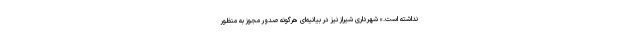
نداشته است.» شهرداری شیراز نیز در بیانیه‌ای هرگونه صدور مجوز به منظور